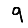
Digit: 9